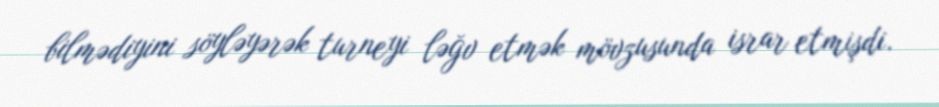
bilmədiyini söyləyərək turneyi ləğv etmək mövzusunda israr etmişdi.